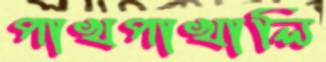
পাখপাখালি